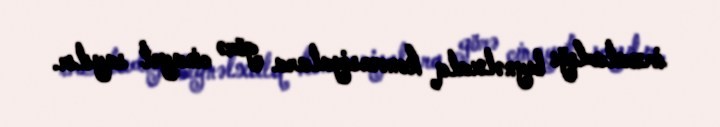
imzaladığı beynəlxalq konvensiyalara görə cinayət sayılır.